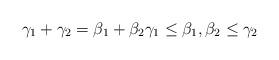
LaTeX: \begin{align*}\gamma_1+ \gamma_2 = \beta_1 + \beta_2 \gamma_1 \leq \beta_1, \beta_2 \leq \gamma_2\end{align*}